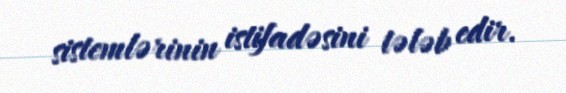
sistemlərinin istifadəsini tələb edir.